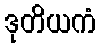
ဒုတိယကံ